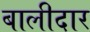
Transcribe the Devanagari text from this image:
बालीदार